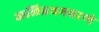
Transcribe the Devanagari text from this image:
कलिप्रथमचरणे